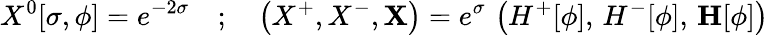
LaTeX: X^{0}[\sigma,\phi]=e^{-2\sigma}\quad;\quad\left(X^{+},X^{-},\mathbf{X}\right)=e^{\sigma}\, \left(H^{+}[\phi],\, H^{-}[\phi],\, \mathbf{H}[\phi]\right)